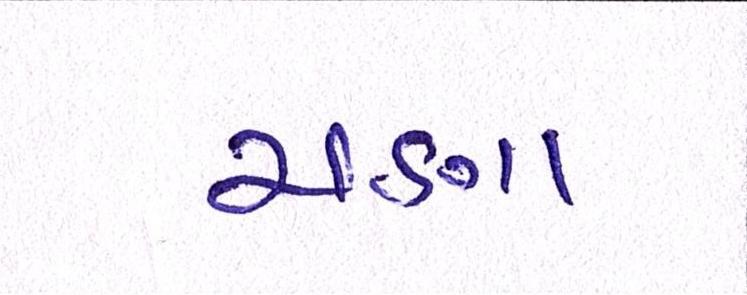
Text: ચણા